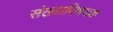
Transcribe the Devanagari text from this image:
संख्याविषयक